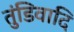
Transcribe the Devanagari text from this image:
तुंडिवादि